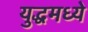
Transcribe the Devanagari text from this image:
युद्धमध्ये